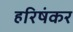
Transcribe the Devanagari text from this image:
हरिषंकर